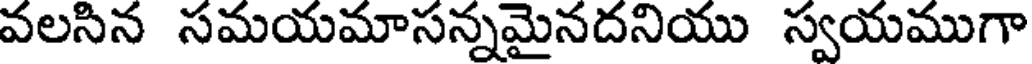
వలసిన సమయమాసన్నమైనదనియు స్వయముగా